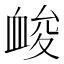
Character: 䘒